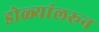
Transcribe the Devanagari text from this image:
डोळ्यांलरून